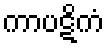
ကာပဋိကံ